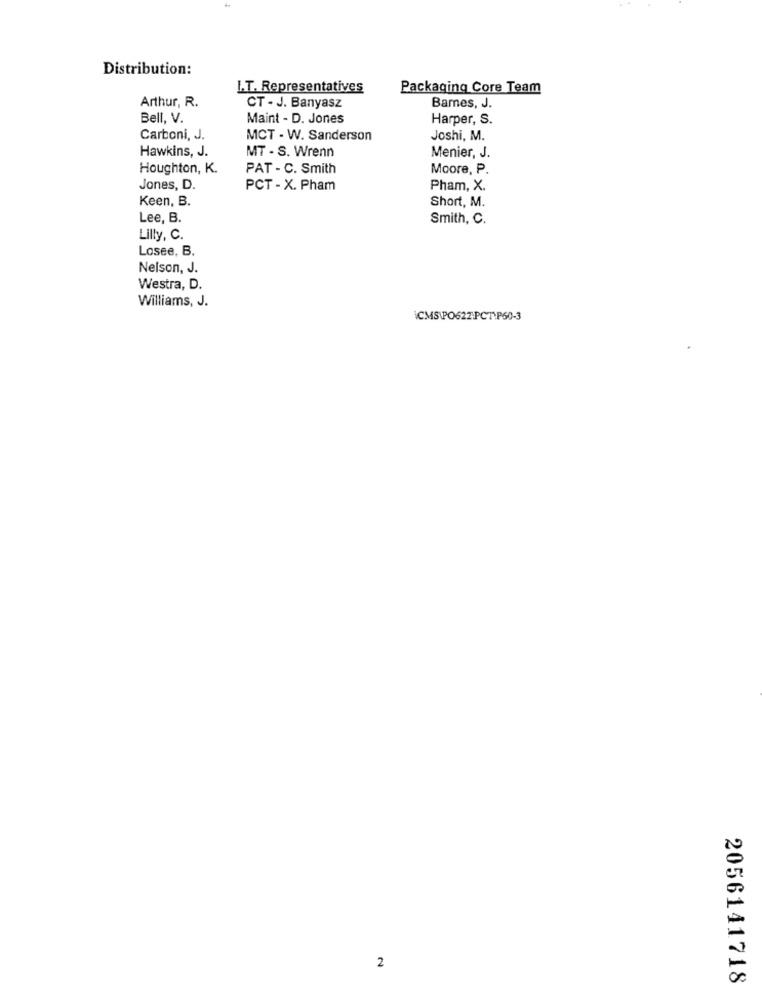
Distribution:
I.T. Representatives
Packaging Core Team
Arthur, R.
CT - J. Banyasz
Bames, J.
Bell, V.
Maint - D. Jones
Harper, S.
Carboni, J.
MCT - W. Sanderson
Joshi, M.
Hawkins, J.
MT - S. Wrenn
Menier, J.
Houghton, K.
PAT - C. Smith
Moore, P.
Jones, D.
PCT - X. Pham
Pham, X.
Keen, B.
Short, M.
Lee, B.
Smith, C.
Lilly, C.
Losee, B.
Nelson, J.
Westra, D.
Williams, J.
ICMS\PO622.PCT P60-3
2
2056141718